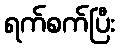
ရက်စက်ပြီး